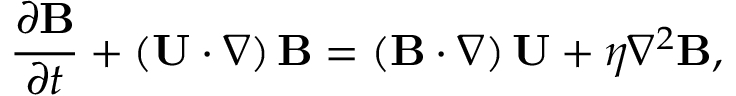
\frac { \partial \mathbf { B } } { \partial t } + \left( \mathbf { U } \cdot \nabla \right) \mathbf { B } = \left( \mathbf { B } \cdot \nabla \right) \mathbf { U } + \eta \nabla ^ { 2 } \mathbf { B } ,